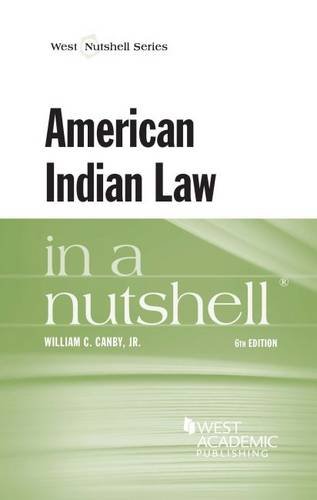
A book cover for American Indian Law in a Nutshell; William Canby Jr; Law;